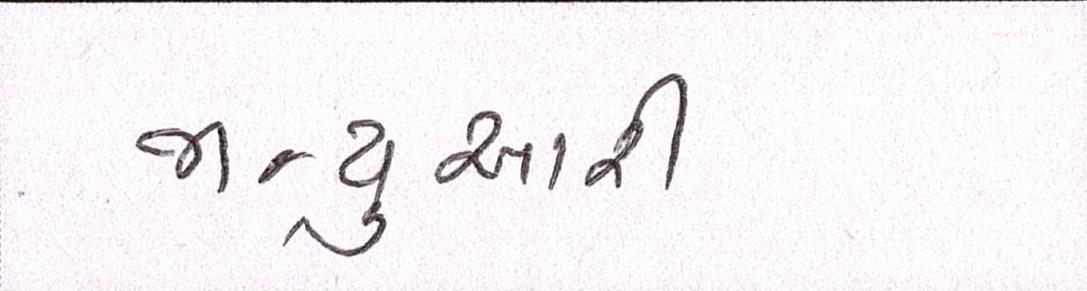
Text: જાન્યુઆરી